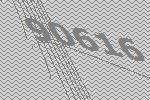
90616